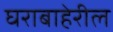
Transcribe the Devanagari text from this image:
घराबाहेरील